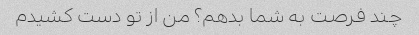
چند فرصت به شما بدهم؟ من از تو دست کشیدم